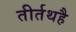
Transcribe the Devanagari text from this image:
तीर्तथहै